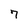
Character: 7